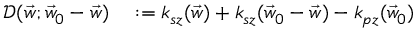
\begin{array} { r l } { \mathcal D ( \vec { w } ; \vec { w } _ { 0 } - \vec { w } ) } & { { } : = k _ { s z } ( \vec { w } ) + k _ { s z } ( \vec { w } _ { 0 } - \vec { w } ) - k _ { p z } ( \vec { w } _ { 0 } ) } \end{array}